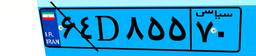
۸۰D۱۰۵۱۹